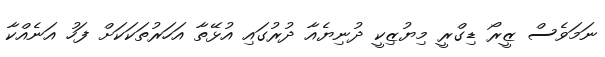
ނަމަވެސް ޒީރޯ ޑިގްރީ މިޔުޒިކީ ދުނިޔެއާ ދުރުގައި އުޅޭތާ އަހަރުތަކަކަށް ފަހު އަނެއްކާ